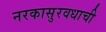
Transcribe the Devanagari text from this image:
नरकासुरवधाची